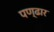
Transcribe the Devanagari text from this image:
पण्‍ढार